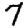
Digit: 7